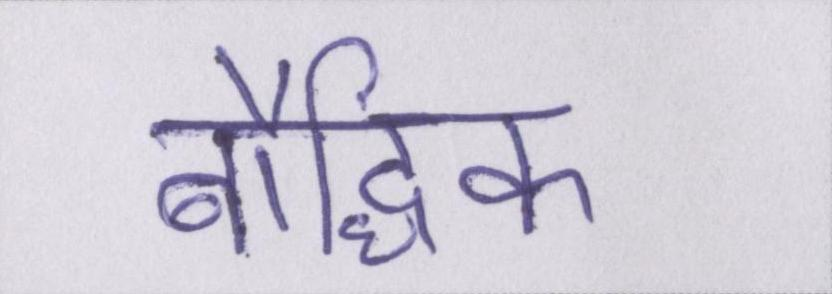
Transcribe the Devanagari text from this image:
बौद्धिक